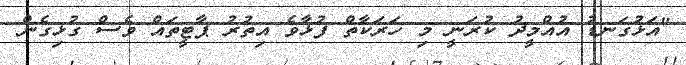
"އަޅުގަނޑު އުއްމީދު ކުރަނީ މި ހަރަކާތް ފުޅާވެ އިތުރު ޕާޓީތައް ވެސް ގުޅިގެން